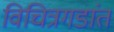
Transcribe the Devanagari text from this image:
विचित्रगडांत